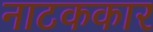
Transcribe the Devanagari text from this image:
नाटककार